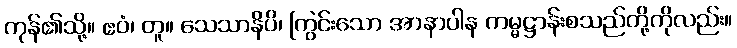
ကုန်၏သို့။ ဧဝံ၊ တူ။ သေသာနိပိ၊ ကြွင်းသော အာနာပါန ကမ္မဋ္ဌာန်းစသည်တို့ကိုလည်း။